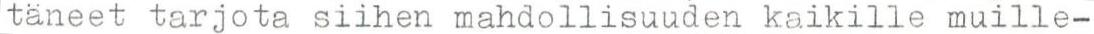
täneet tarjota siihen mahdollisuuden kaikille muille-